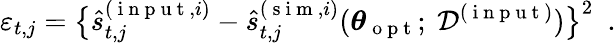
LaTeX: \varepsilon_{t,j}=\big\{ \hat{s}_{t,j}^{(\mathrm{~i~n~p~u~t~},i)}-\hat{s}_{t,j}^{(\mathrm{~s~i~m~},i)}(\boldsymbol{\theta}_{\mathrm{~o~p~t~}};~\mathcal{D}^{(\mathrm{~i~n~p~u~t~})})\big\} ^{2}\enspace.